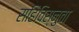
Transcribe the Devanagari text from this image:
सहिविस्नुता